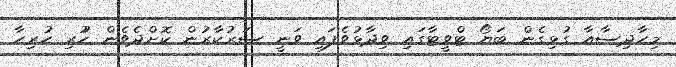
މިހާދިސާއާ ގުޅިގެން ބަޔޯ ޓްވީޓާގައި ވިދާޅުވެފައި ވަނީ ސަރުކާރުން ކޮށްދެވެން ހުުރި ހުރިހާ